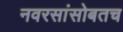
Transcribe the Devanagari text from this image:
नवरसांसोबतच